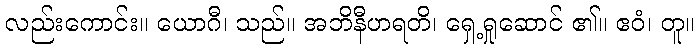
လည်းကောင်း။ ယောဂီ၊ သည်။ အဘိနီဟရတိ၊ ရှေ့ရှုဆောင် ၏။ ဧဝံ၊ တူ။